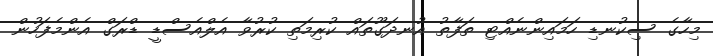
މިހާގެ ސިކުނޑި ހަމައިންނެއްޓި ތަފާތު އުނދަގޫތައް ކުރިމަތި ކުރުވާ އެލްއެސްޑީ ޑްރަގް އެންމެފަހުން